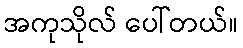
အကုသိုလ် ပေါ်တယ်။